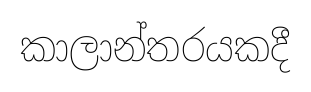
කාලාන්තරයකදී